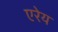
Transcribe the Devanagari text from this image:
एरेय